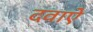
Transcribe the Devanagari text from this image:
दवाऐ